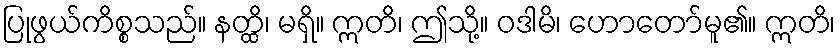
ပြုဖွယ်ကိစ္စသည်။ နတ္ထိ၊ မရှိ။ ဣတိ၊ ဤသို့။ ဝဒါမိ၊ ဟောတော်မူ၏။ ဣတိ၊